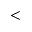
<